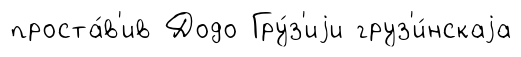
проста́в'ив Додо Гру́з'иjи груз'и́нскаjа